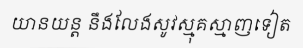
យានយន្ត នឹងលែងសូវស្មុគស្មាញទៀត